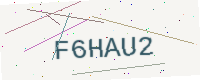
Text: F6HAU2